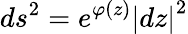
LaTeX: ds^{2}=e^{\varphi(z)}\left|dz\right|^{2}